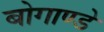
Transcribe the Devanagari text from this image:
बोगाण्डे